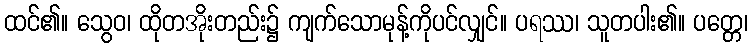
ထင်၏။ သွေဝ၊ ထိုတအိုးတည်း၌ ကျက်သောမုန့်ကိုပင်လျှင်။ ပရဿ၊ သူတပါး၏။ ပတ္တေ၊